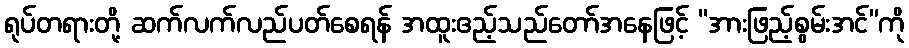
ရုပ်တရားတို့ ဆက်လက်လည်ပတ်စေရန် အထူးဧည့်သည်တော်အနေဖြင့် “အားဖြည့်စွမ်းအင်”ကို